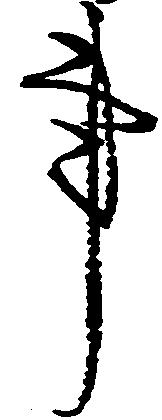
事